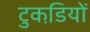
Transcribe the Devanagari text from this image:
टुकडि़यों